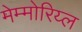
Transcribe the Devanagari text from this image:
मेम्मोरिय्ल